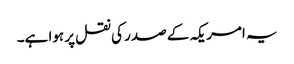
یہ امریکہ کے صدر کی نقل پر ہوا ہے۔